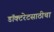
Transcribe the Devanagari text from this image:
डॉक्टरेटसाठीचा